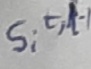
Text: s,t,l